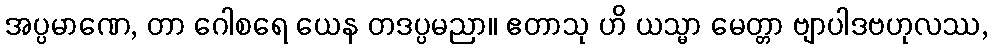
အပ္ပမာဏေ, တာ ဂေါစရေ ယေန တဒပ္ပမညာ။ ဧတာသု ဟိ ယသ္မာ မေတ္တာ ဗျာပါဒဗဟုလဿ,